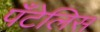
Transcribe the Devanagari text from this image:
पँटेलिस